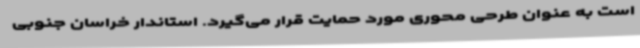
است به عنوان طرحی محوری مورد حمایت قرار می‌گیرد. استاندار خراسان جنوبی